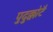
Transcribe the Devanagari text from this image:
पुदुक्कोटै